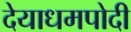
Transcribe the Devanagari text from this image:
देयाधमपोदी